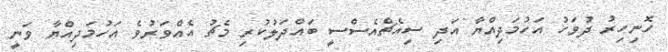
ހޮނިހިރު ދުވަހު އަހުމަދިއްޔާ އަދި ސީއެޗްއެސްސީ ބައްދަލުކުރި މެޗު އެއްވަރުވެ އަހުމަދިއްޔާ ވަނީ